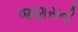
જણસની